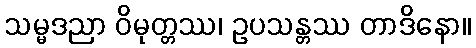
သမ္မဒညာ ဝိမုတ္တဿ၊ ဥပသန္တဿ တာဒိနော။